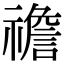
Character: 䄡